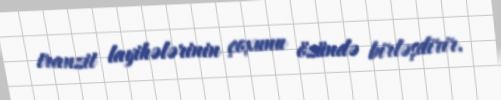
tranzit layihələrinin çoxunu özündə birləşdirir.